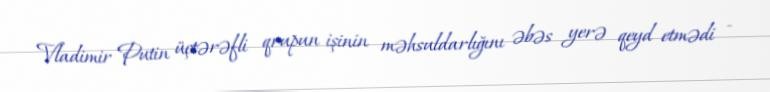
Vladimir Putin üçtərəfli qrupun işinin məhsuldarlığını əbəs yerə qeyd etmədi -